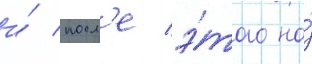
и́ посл'е э́того на́